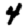
Digit: 4